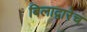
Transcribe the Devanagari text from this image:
बिलाद्वारेच